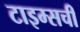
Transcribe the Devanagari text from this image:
टाइम्सची